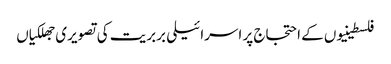
فلسطینیوں کے احتجاج پر اسرائیلی بربریت کی تصویری جھلکیاں